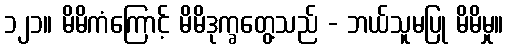
၁၂၁။ မိမိကံကြောင့် မိမိဒုက္ခတွေ့သည် - ဘယ်သူမပြု မိမိမှု။